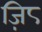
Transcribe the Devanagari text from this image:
ज़ि८